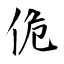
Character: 佹